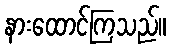
နားထောင်ကြသည်။